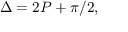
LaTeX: \Delta = 2 P + \pi / 2 ,